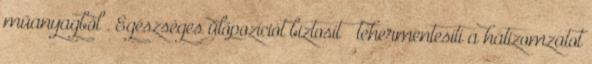
műanyagból . Egészséges ülőpozíciót biztosít – tehermentesíti a hátizomzatot